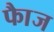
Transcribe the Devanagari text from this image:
फाैज